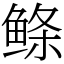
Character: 鲦